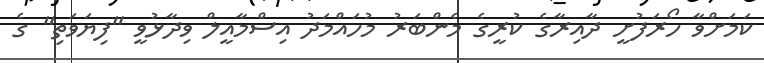
ކަމަށްވާ ހޯރަފުށީ ދާއިރާގެ ކުރީގެ މެންބަރު މުހައްމަދު އިސްމާއީލް ވިދާޅުވީ "ފިޔަވަތި" ގެ